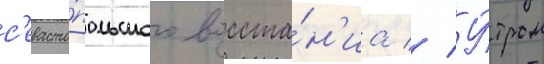
с'евасто́польского восста́н'иа // У́тром